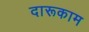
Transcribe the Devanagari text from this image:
दारूकाम